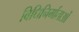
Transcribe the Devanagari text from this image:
विधिनिर्माताओं